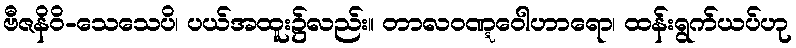
ဗီဇနိဝိ-သေသေပိ၊ ပယ်အထူး၌လည်း။ တာလဝဏ္ဋဝေါဟာရော၊ ထန်းရွက်ယပ်ဟု